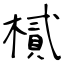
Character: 樲